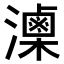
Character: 𤂈